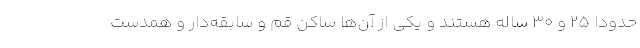
حدوداً 25 و 30 ساله هستند و یکی از آن‌ها ساکن قم و سابقه‌دار و همدست